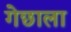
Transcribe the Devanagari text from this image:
गेछाला